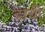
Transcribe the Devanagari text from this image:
डाची